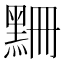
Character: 𪑃